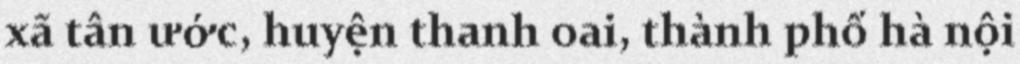
xã tân ước, huyện thanh oai, thành phố hà nội